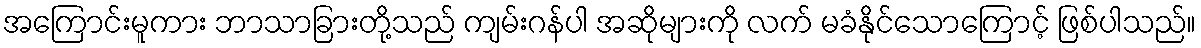
အကြောင်းမူကား ဘာသာခြားတို့သည် ကျမ်းဂန်ပါ အဆိုများကို လက် မခံနိုင်သောကြောင့် ဖြစ်ပါသည်။